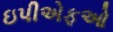
ઇપીએફઓ